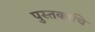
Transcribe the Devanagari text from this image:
पुस्तकाचि